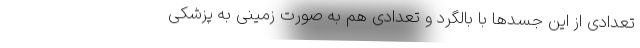
تعدادی از این جسد‌ها با بالگرد و تعدادی هم به صورت زمینی به پزشکی